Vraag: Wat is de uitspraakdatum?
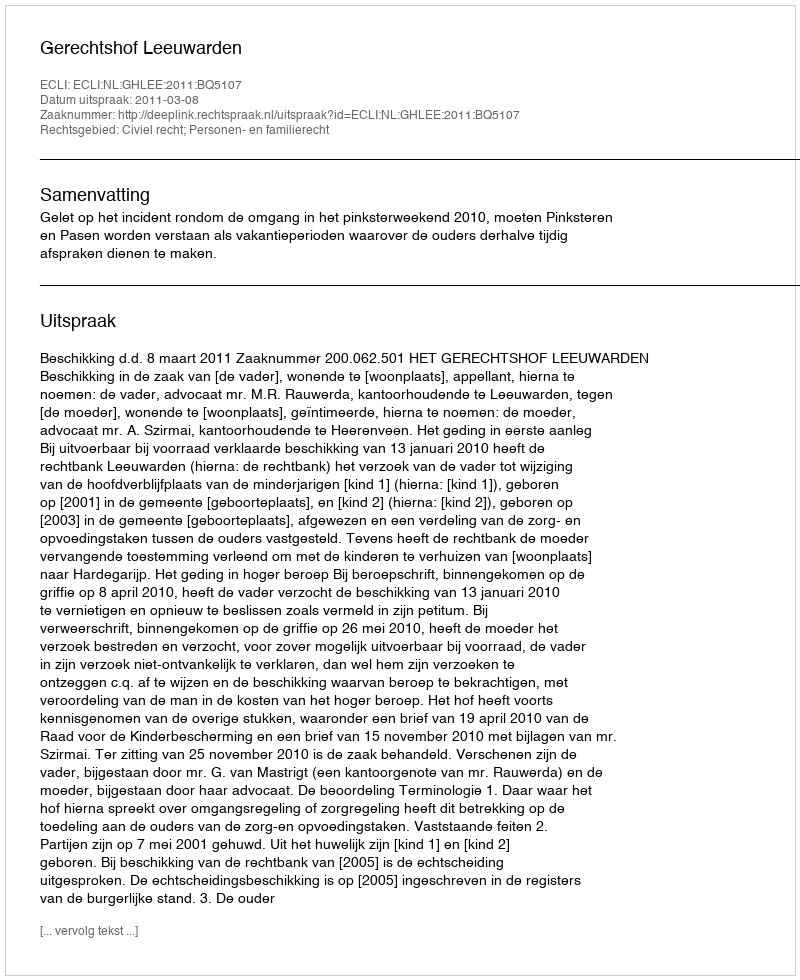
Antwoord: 2011-03-08